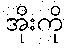
အိုးကို